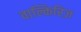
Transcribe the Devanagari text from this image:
वाल्किरिज़